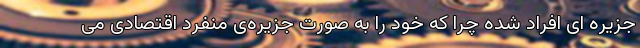
جزیره ای افراد شده چرا که خود را به صورت جزیره‌ی منفرد اقتصادی می